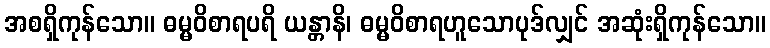
အစရှိကုန်သော။ ဓမ္မဝိစာရပရိ ယန္တာနိ၊ ဓမ္မဝိစာရဟူသောပုဒ်လျှင် အဆုံးရှိကုန်သော။